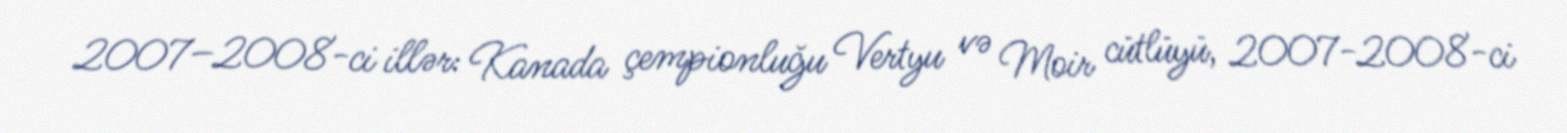
2007–2008-ci illər: Kanada çempionluğu Vertyu və Moir cütlüyü, 2007-2008-ci